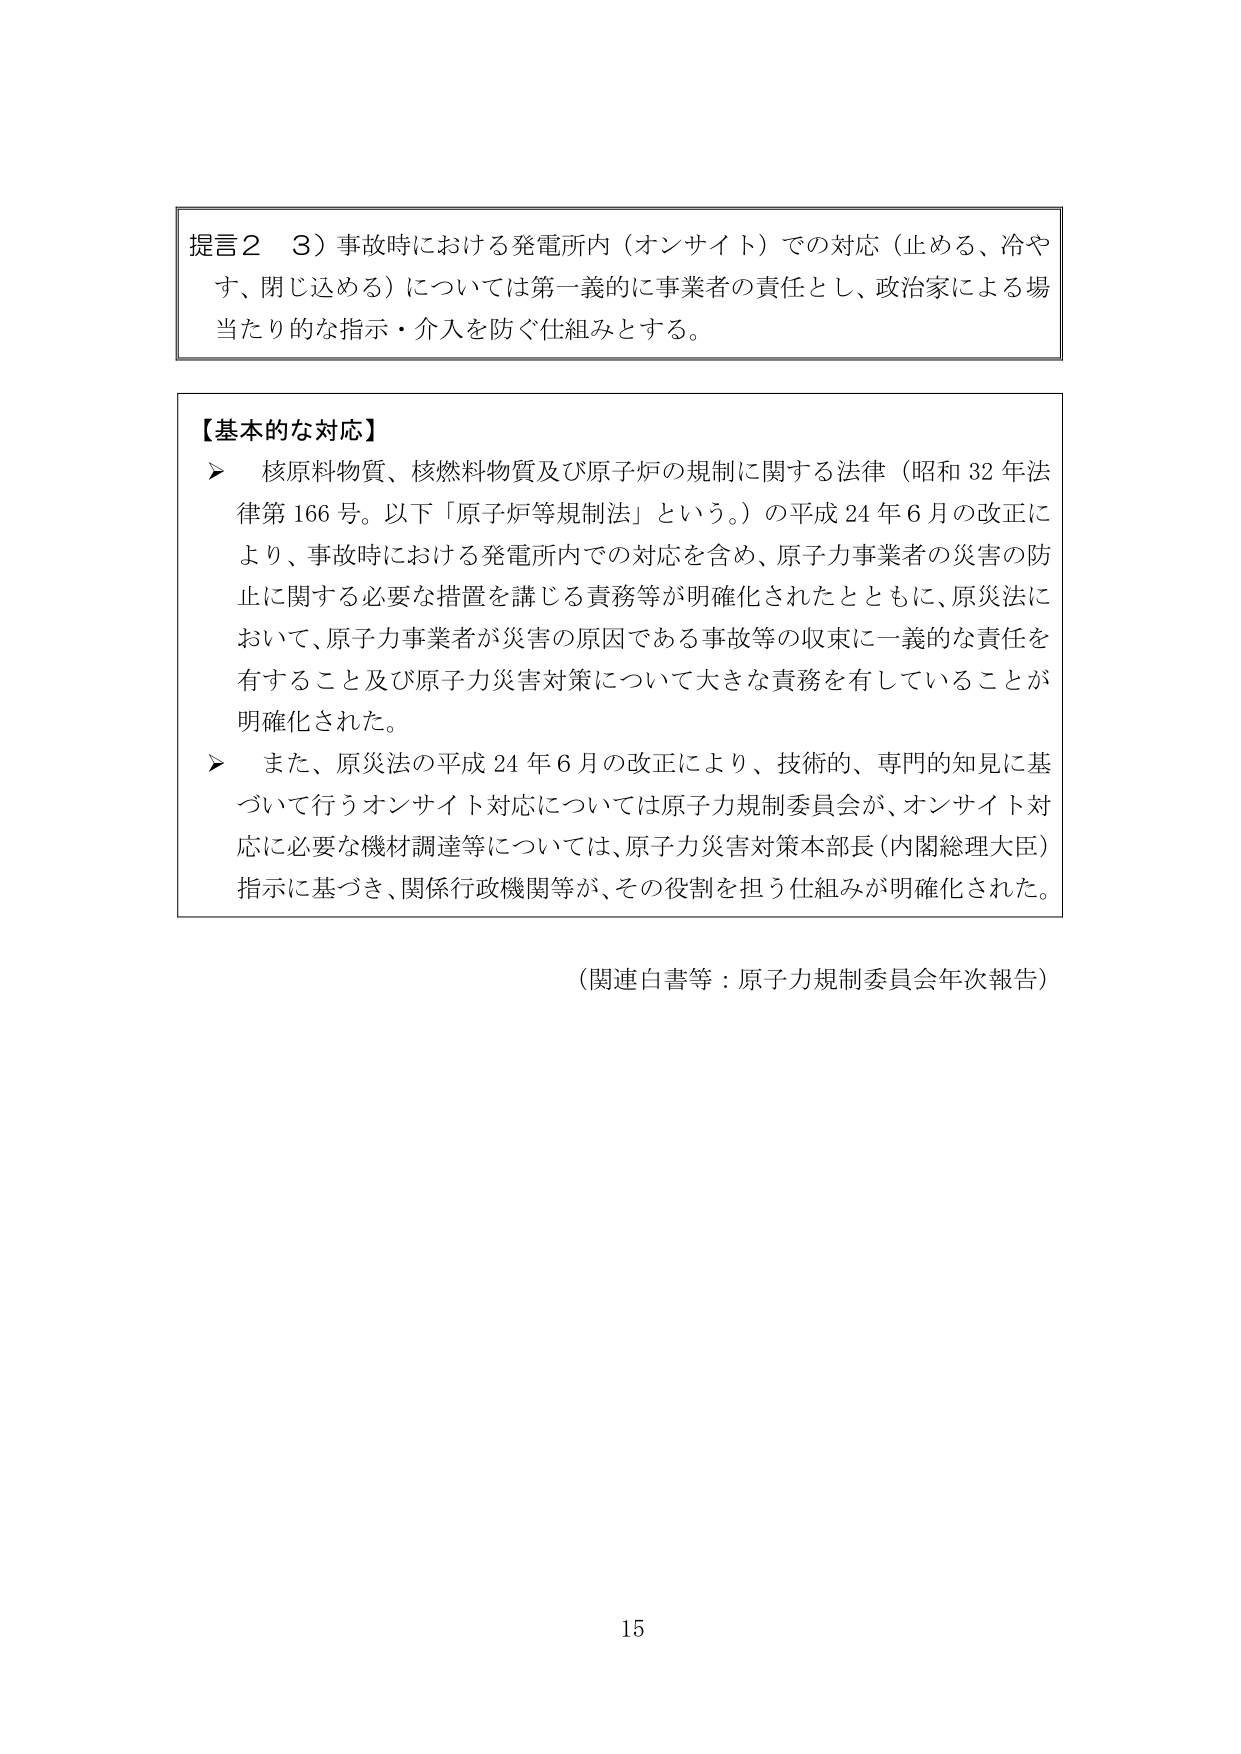
提言２　３）事故時における発電所内（オンサイト）での対応（止める、冷やす、閉じ込める）については第一義的に事業者の責任とし、政治家による場当たり的な指示・介入を防ぐ仕組みとする。

【基本的な対応】
➤　核原料物質、核燃料物質及び原子炉の規制に関する法律（昭和32年法律第166号。以下「原子炉等規制法」という。）の平成24年6月の改正により、事故時における発電所内での対応を含め、原子力事業者の災害の防止に関する必要な措置を講じる責務等が明確化されたとともに、原災法において、原子力事業者が災害の原因である事故等の収束に一義的な責任を有すること及び原子力災害対策について大きな責務を有していることが明確化された。
➤　また、原災法の平成24年6月の改正により、技術的、専門的知見に基づいて行うオンサイト対応については原子力規制委員会が、オンサイト対応に必要な機材調達等については、原子力災害対策本部長（内閣総理大臣）指示に基づき、関係行政機関等が、その役割を担う仕組みが明確化された。

（関連白書等：原子力規制委員会年次報告）

15